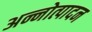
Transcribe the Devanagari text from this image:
अन्नोत्पादन